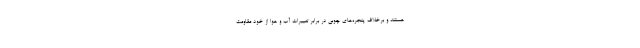
هستند و برخلاف پنجره‌های چوبی در برابر تغییرات آب و هوا از خود مقاومت